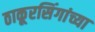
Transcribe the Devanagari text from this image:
ठाकूरसिंगांच्या